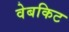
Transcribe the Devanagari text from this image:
वेबकिट